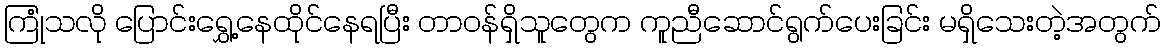
ကြုံသလို ပြောင်းရွှေ့နေထိုင်နေရပြီး တာဝန်ရှိသူတွေက ကူညီဆောင်ရွက်ပေးခြင်း မရှိသေးတဲ့အတွက်